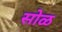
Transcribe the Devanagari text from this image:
सोळ